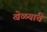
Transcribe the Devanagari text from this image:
खेळ्यांचे